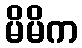
မိမိက